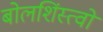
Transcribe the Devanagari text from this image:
बोलशिंस्त्वो